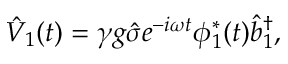
\hat { V } _ { 1 } ( t ) = \gamma g \hat { \sigma } e ^ { - i \omega t } \phi _ { 1 } ^ { \ast } ( t ) \hat { b } _ { 1 } ^ { \dagger } ,